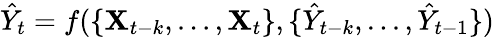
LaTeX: \hat{Y}_{t}=f(\{ \mathbf{X}_{t-k},...,\mathbf{X}_{t}\} ,\{ \hat{Y}_{t-k},...,\hat{Y}_{t-1}\} )